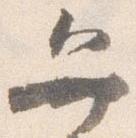
弁